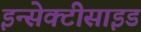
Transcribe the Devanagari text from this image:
इन्सेक्टीसाइड